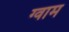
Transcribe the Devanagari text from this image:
ग्वाम